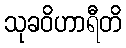
သုခဝိဟာရီတိ